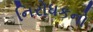
નિરોધકનો